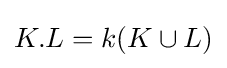
K.L=k(K\cup L)